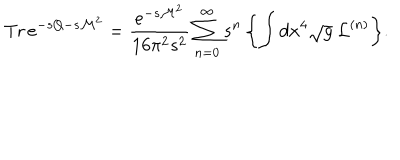
LaTeX: \mathrm { T r } \, e ^ { - s Q - s { \cal M } ^ { 2 } } = \frac { e ^ { - s { \cal M } ^ { 2 } } } { 1 6 \pi ^ { 2 } s ^ { 2 } } \sum _ { n = 0 } ^ { \infty } s ^ { n } \, \biggl \{ \int d x ^ { 4 } \sqrt { g } \: { \cal L } ^ { ( n ) } \biggr \} .